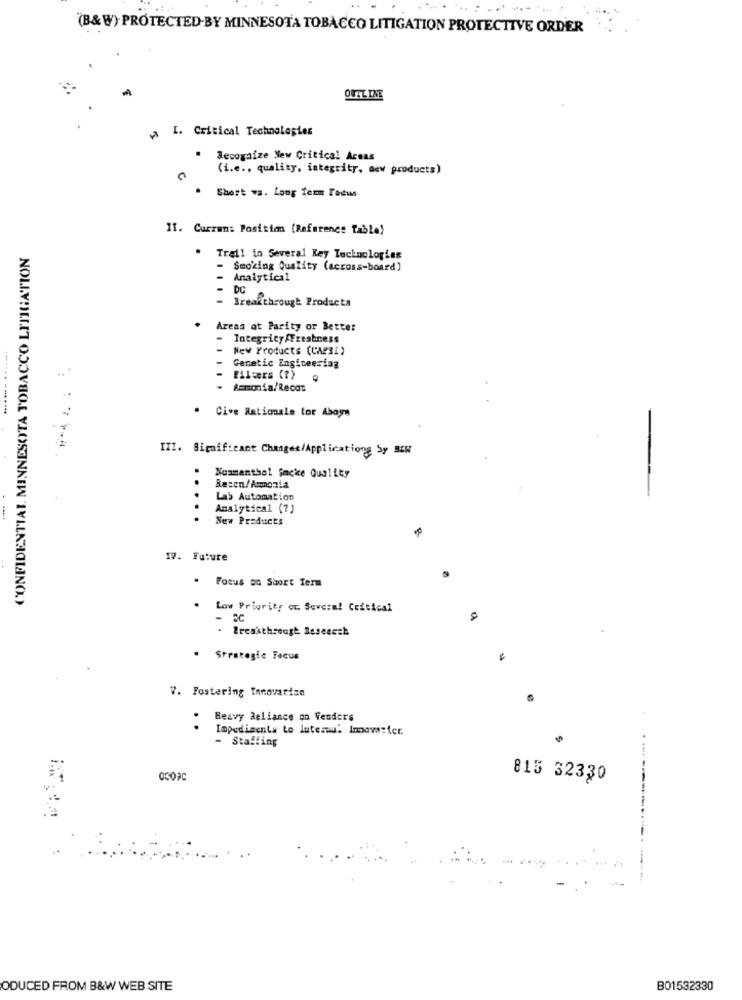
(B& W) PROTECTED BY MINNESOTA TOBACCO LITIGATION PROTECTIVE ORDER
OUTLINE
I. Critical Technologies
Recognize New Critical Areas
(i.e ., quality, integrity, new products)
Short ws. Long femm Focus
II. Curran: Position (Reference table)
CONFIDENTIAL. MINNESOTA TOBACCO LITIGATION
· Trail in Several Key Technologies
- Smoking Quality (across-board]
Analytical
DC
- Breakthrough Products
Areas at Parity or Better
- Integricyfreshness
- New Products (CAP3I)
...
- Genetic Engineering
- Ammonia/Recat
. Cive Rationale tor Aboys
III. Significant Changes/Applications by BZW
Nosmanthal Sacke Quality
--
Rezen/ Ammonia
...
Lab Automation
.
Analytical (7)
New Products
17. Future
.
Focus on Short Term
.
Low Priority or. Severa! Critical
Breakthrough Seseesch
. Strategic Focus
V. Fostering Innovarisn
.
Heavy Reliance on Vendors
Impedisenta to luteswu: Innova:ter.
- Stalling
815 32330
--------------
ODUCED FROM B&W WEB SITE
B01532330